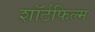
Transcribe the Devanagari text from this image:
शॉर्टफिल्म